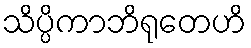
သိပ္ပိကာဘိရုတေဟိ